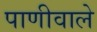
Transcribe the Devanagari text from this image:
पाणीवाले